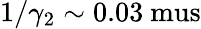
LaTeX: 1/\gamma_{2}\sim 0.03\mathrm{\ mus}